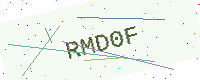
Text: RMD0F